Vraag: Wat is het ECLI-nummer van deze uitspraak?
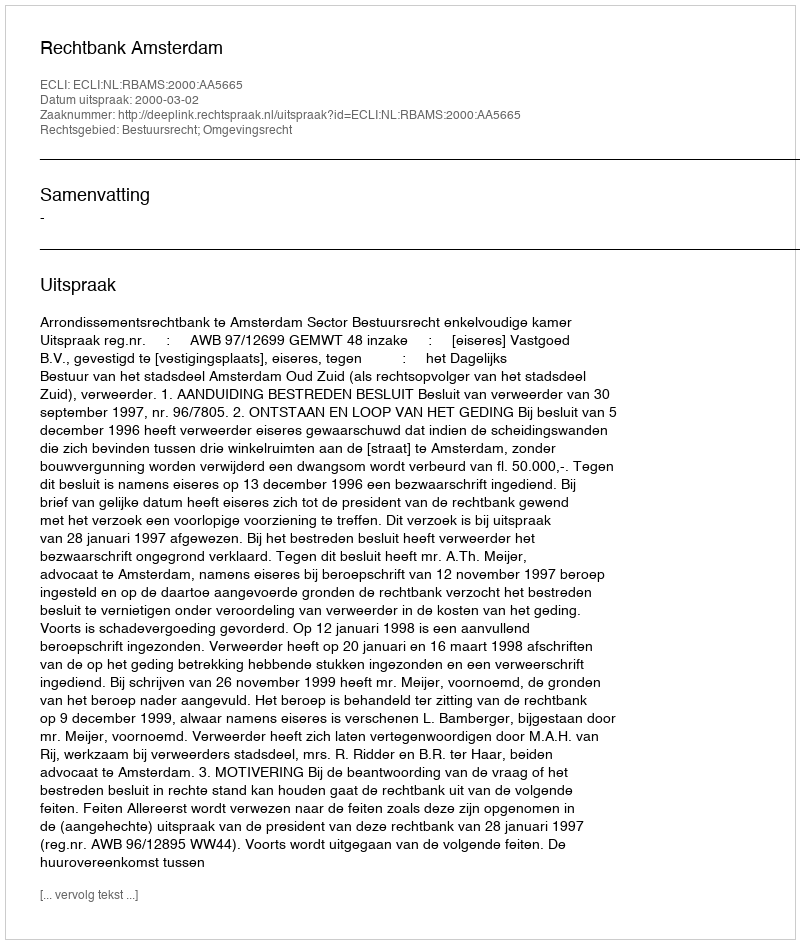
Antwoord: ECLI:NL:RBAMS:2000:AA5665